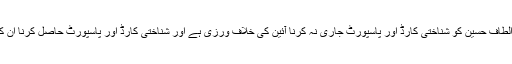
انہوں نے کہا کہ الطاف حسین کو شناختی کارڈ اور پاسپورٹ جاری نہ کرنا آئین کی خلاف ورزی ہے اور شناختی کارڈ اور پاسپورٹ حاصل کرنا ان کا بنیادی حق ہے ۔